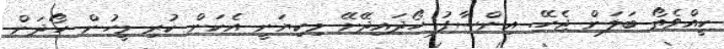
ކީއްވެތޯ ބަލަން ޖެހޭ. އިންސާފު ހޯދައިދޭށޭ މިކިޔަނީ އެކަން ކުރި މީހުން ހޯދަން